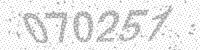
Solution: 070257